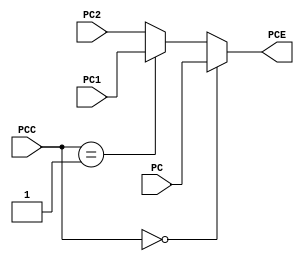
`timescale 100fs/100fs

module Choose2(
    PC,
    PC1,
    PC2,
    PCC,
    PCE
);

input[1:0] PCC; // choose which pc
input [31:0] PC,PC1,PC2; // three pc
output reg[31:0] PCE;

initial begin
  PCE = 0;
end

always @(*) begin
    if (PCC == 2'b00)
        PCE = PC;
    else if (PCC == 2'b01)
        PCE = PC1;
    else
        PCE = PC2;
end

endmodule // Choose